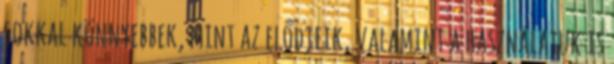
sokkal könnyebbek, mint az elődjeik, valamint a használatuk is